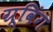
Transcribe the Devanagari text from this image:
ग्रूविंग